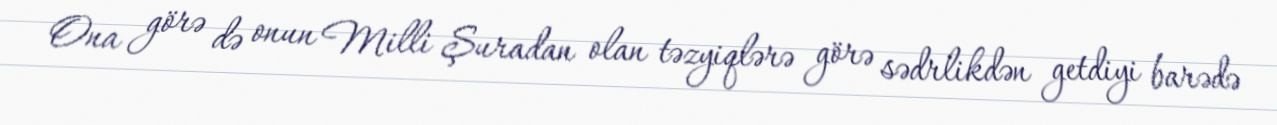
Ona görə də onun Milli Şuradan olan təzyiqlərə görə sədrlikdən getdiyi barədə